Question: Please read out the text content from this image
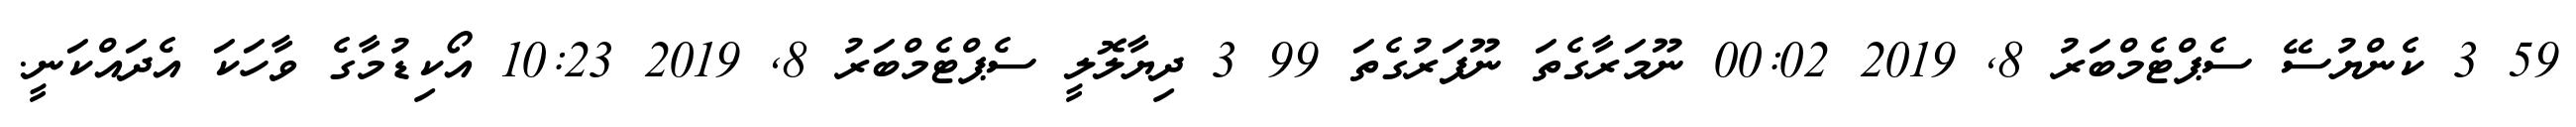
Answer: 59 3 ކެންޔުސޭ ސެޕްޓެމްބަރު 8, 2019 00:02 ނޫމަރާގެތަ ނޫފަރުގެތަ 99 3 ދިޔާލޮލީ ސެޕްޓެމްބަރު 8, 2019 10:23 އޯކިޑުމާގެ ވާހަކަ އެދައްކަނީ.